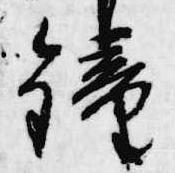
鐘